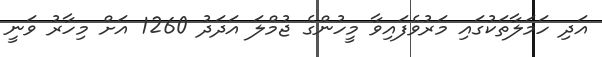
އަދި ހަމަލާތަކުގައި މަރުވެފައިވާ މީހުންގެ ޖުމްލަ އަދަދު 1260 އަށް މިހާރު ވަނީ